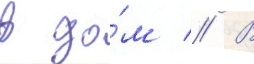
в до́м // В